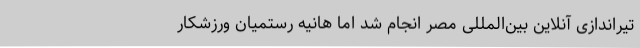
تیراندازی آنلاین بین‌المللی مصر انجام شد اما هانیه رستمیان ورزشکار